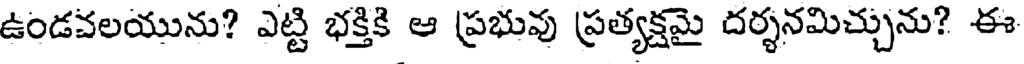
ఉండవలయును? ఎట్టి భక్తికి ఆ ప్రభువు ప్రత్యక్షమై దర్శనమిచ్చును? ఈ